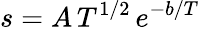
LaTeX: s=A\, T^{1/2}\, e^{-b/T}